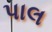
પાલ